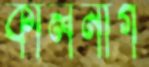
কালনাগ